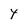
Character: Y